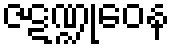
ဇဋဏ္ဍုဝေန